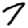
Digit: 7